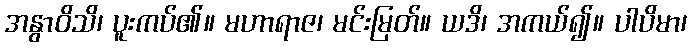
အနွာဝိသိ၊ ပူးကပ်၏။ မဟာရာဇ၊ မင်းမြတ်။ ယဒိ၊ အကယ်၍။ ပါပိမာ၊